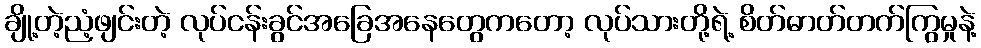
ချို့တဲ့ညံ့ဖျင်းတဲ့ လုပ်ငန်းခွင်အခြေအနေတွေကတော့ လုပ်သားတို့ရဲ့ စိတ်ဓာတ်တက်ကြွမှုနဲ့